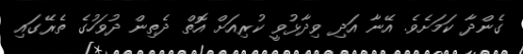
ގެންދާ ކަމަށެވެ. އޭނާ އަދި ވިދާޅުވީ ކުރިއަށް އޮތް ދެތިން ދުވަހުގެ ތެރޭގައި